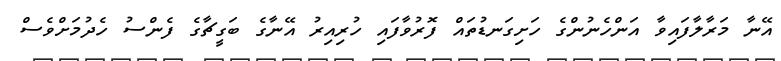
އޭނާ މަރާލާފައިވާ އަންހެނުންގެ ހަށިގަނޑުތައް ފޮރުވާފައި ހުރިއިރު އޭނާގެ ބަގީޗާގެ ފެންސު ހެދުމަށްވެސް